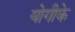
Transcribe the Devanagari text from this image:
योगीके